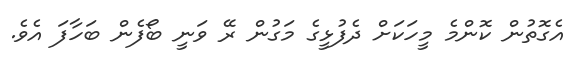
އެގޮތުން ކޮންމެ މީހަކަށް ދެފުޅީގެ މަގުން ރޭ ވަނީ ބޯފެން ބަހާފަ އެވެ.